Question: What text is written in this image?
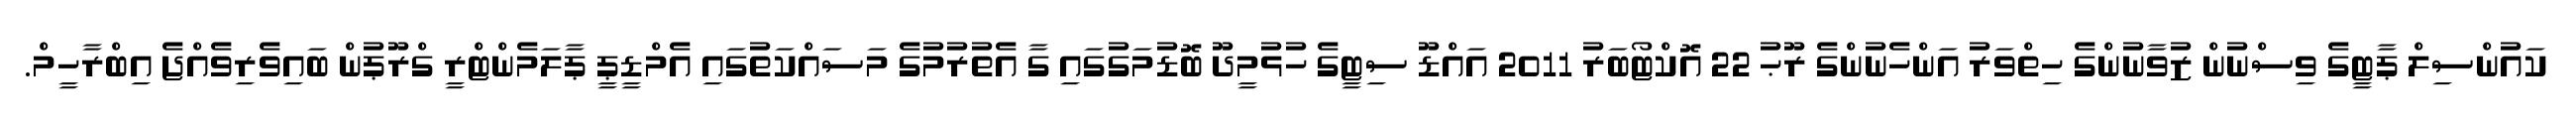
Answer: ކައުންސިލް ޕާޓީގެ ވިސްނުން ޒުވާނުންގެ ހިތްވަރު އަންހެނުންގެ ރޫޙު 22 އޮކްޓޯބަރު 2011 އައްޑޫ ސިޓީގެ ހުޅުމީދޫ ބޮޑުމަގުގައި ގާ އެތުރުމުގެ މަސައްކަތުގައި އެމްޑީޕީ ޕާލަމެންޓްރީ ގްރޫޕުން ބައިވެރިވެއްޖެ އިބްރާހީމް.